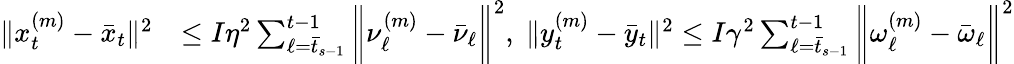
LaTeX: \begin{array}{rl}{\| x_{t}^{(m)}-\bar{x}_{t}\| ^{2}}&{\leq I\eta^{2}\sum_{\ell=\bar{t}_{s-1}}^{t-1}\bigg\| \nu_{\ell}^{(m)}-\bar{\nu}_{\ell}\bigg\| ^{2},\; \| y_{t}^{(m)}-\bar{y}_{t}\| ^{2}\leq I\gamma^{2}\sum_{\ell=\bar{t}_{s-1}}^{t-1}\bigg\| \omega_{\ell}^{(m)}-\bar{\omega}_{\ell}\bigg\| ^{2}}\end{array}